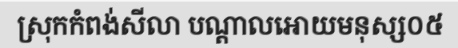
ស្រុកកំពង់សីលា បណ្តាលអោយមនុស្ស០៥